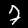
Digit: 7